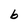
Character: b